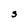
Character: S